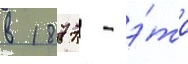
в 1877 - э́то